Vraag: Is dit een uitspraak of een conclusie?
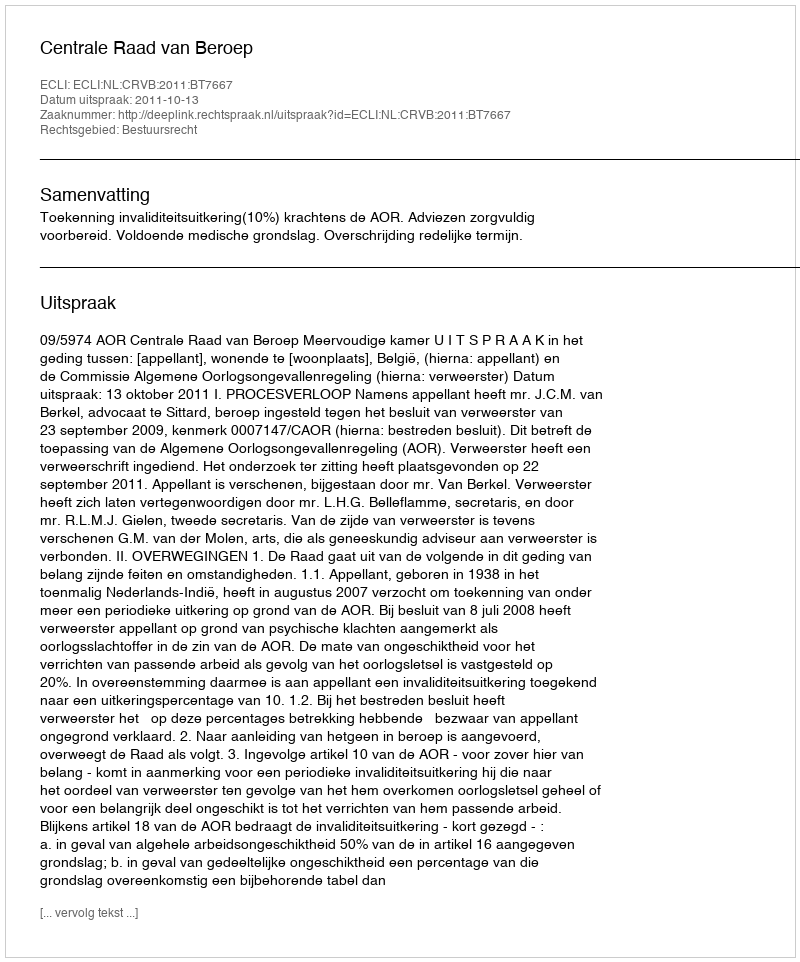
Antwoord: Uitspraak